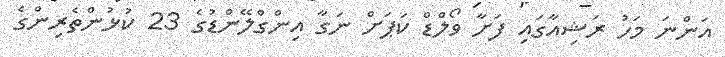
އަންނަ މަހު ރަޝިއާގައި ފަށާ ވޯލްޑް ކަޕަށް ނަގާ އިންގްލޭންޑުގެ 23 ކުޅުންތެރިންގެ